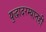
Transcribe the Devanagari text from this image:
युद्धादरम्यानही